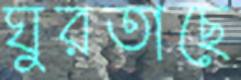
ঘুরতাছে